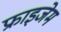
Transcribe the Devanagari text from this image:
फ्राइजेम